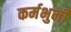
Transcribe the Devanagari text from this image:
कर्मभुमी